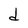
Character: d